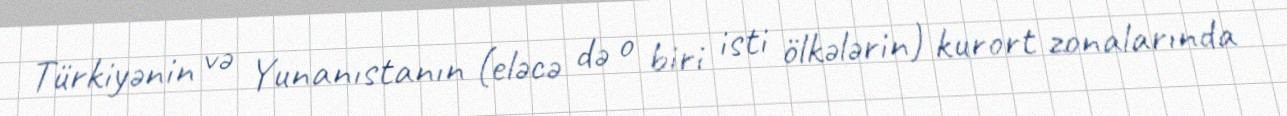
Türkiyənin və Yunanıstanın (eləcə də o biri isti ölkələrin) kurort zonalarında